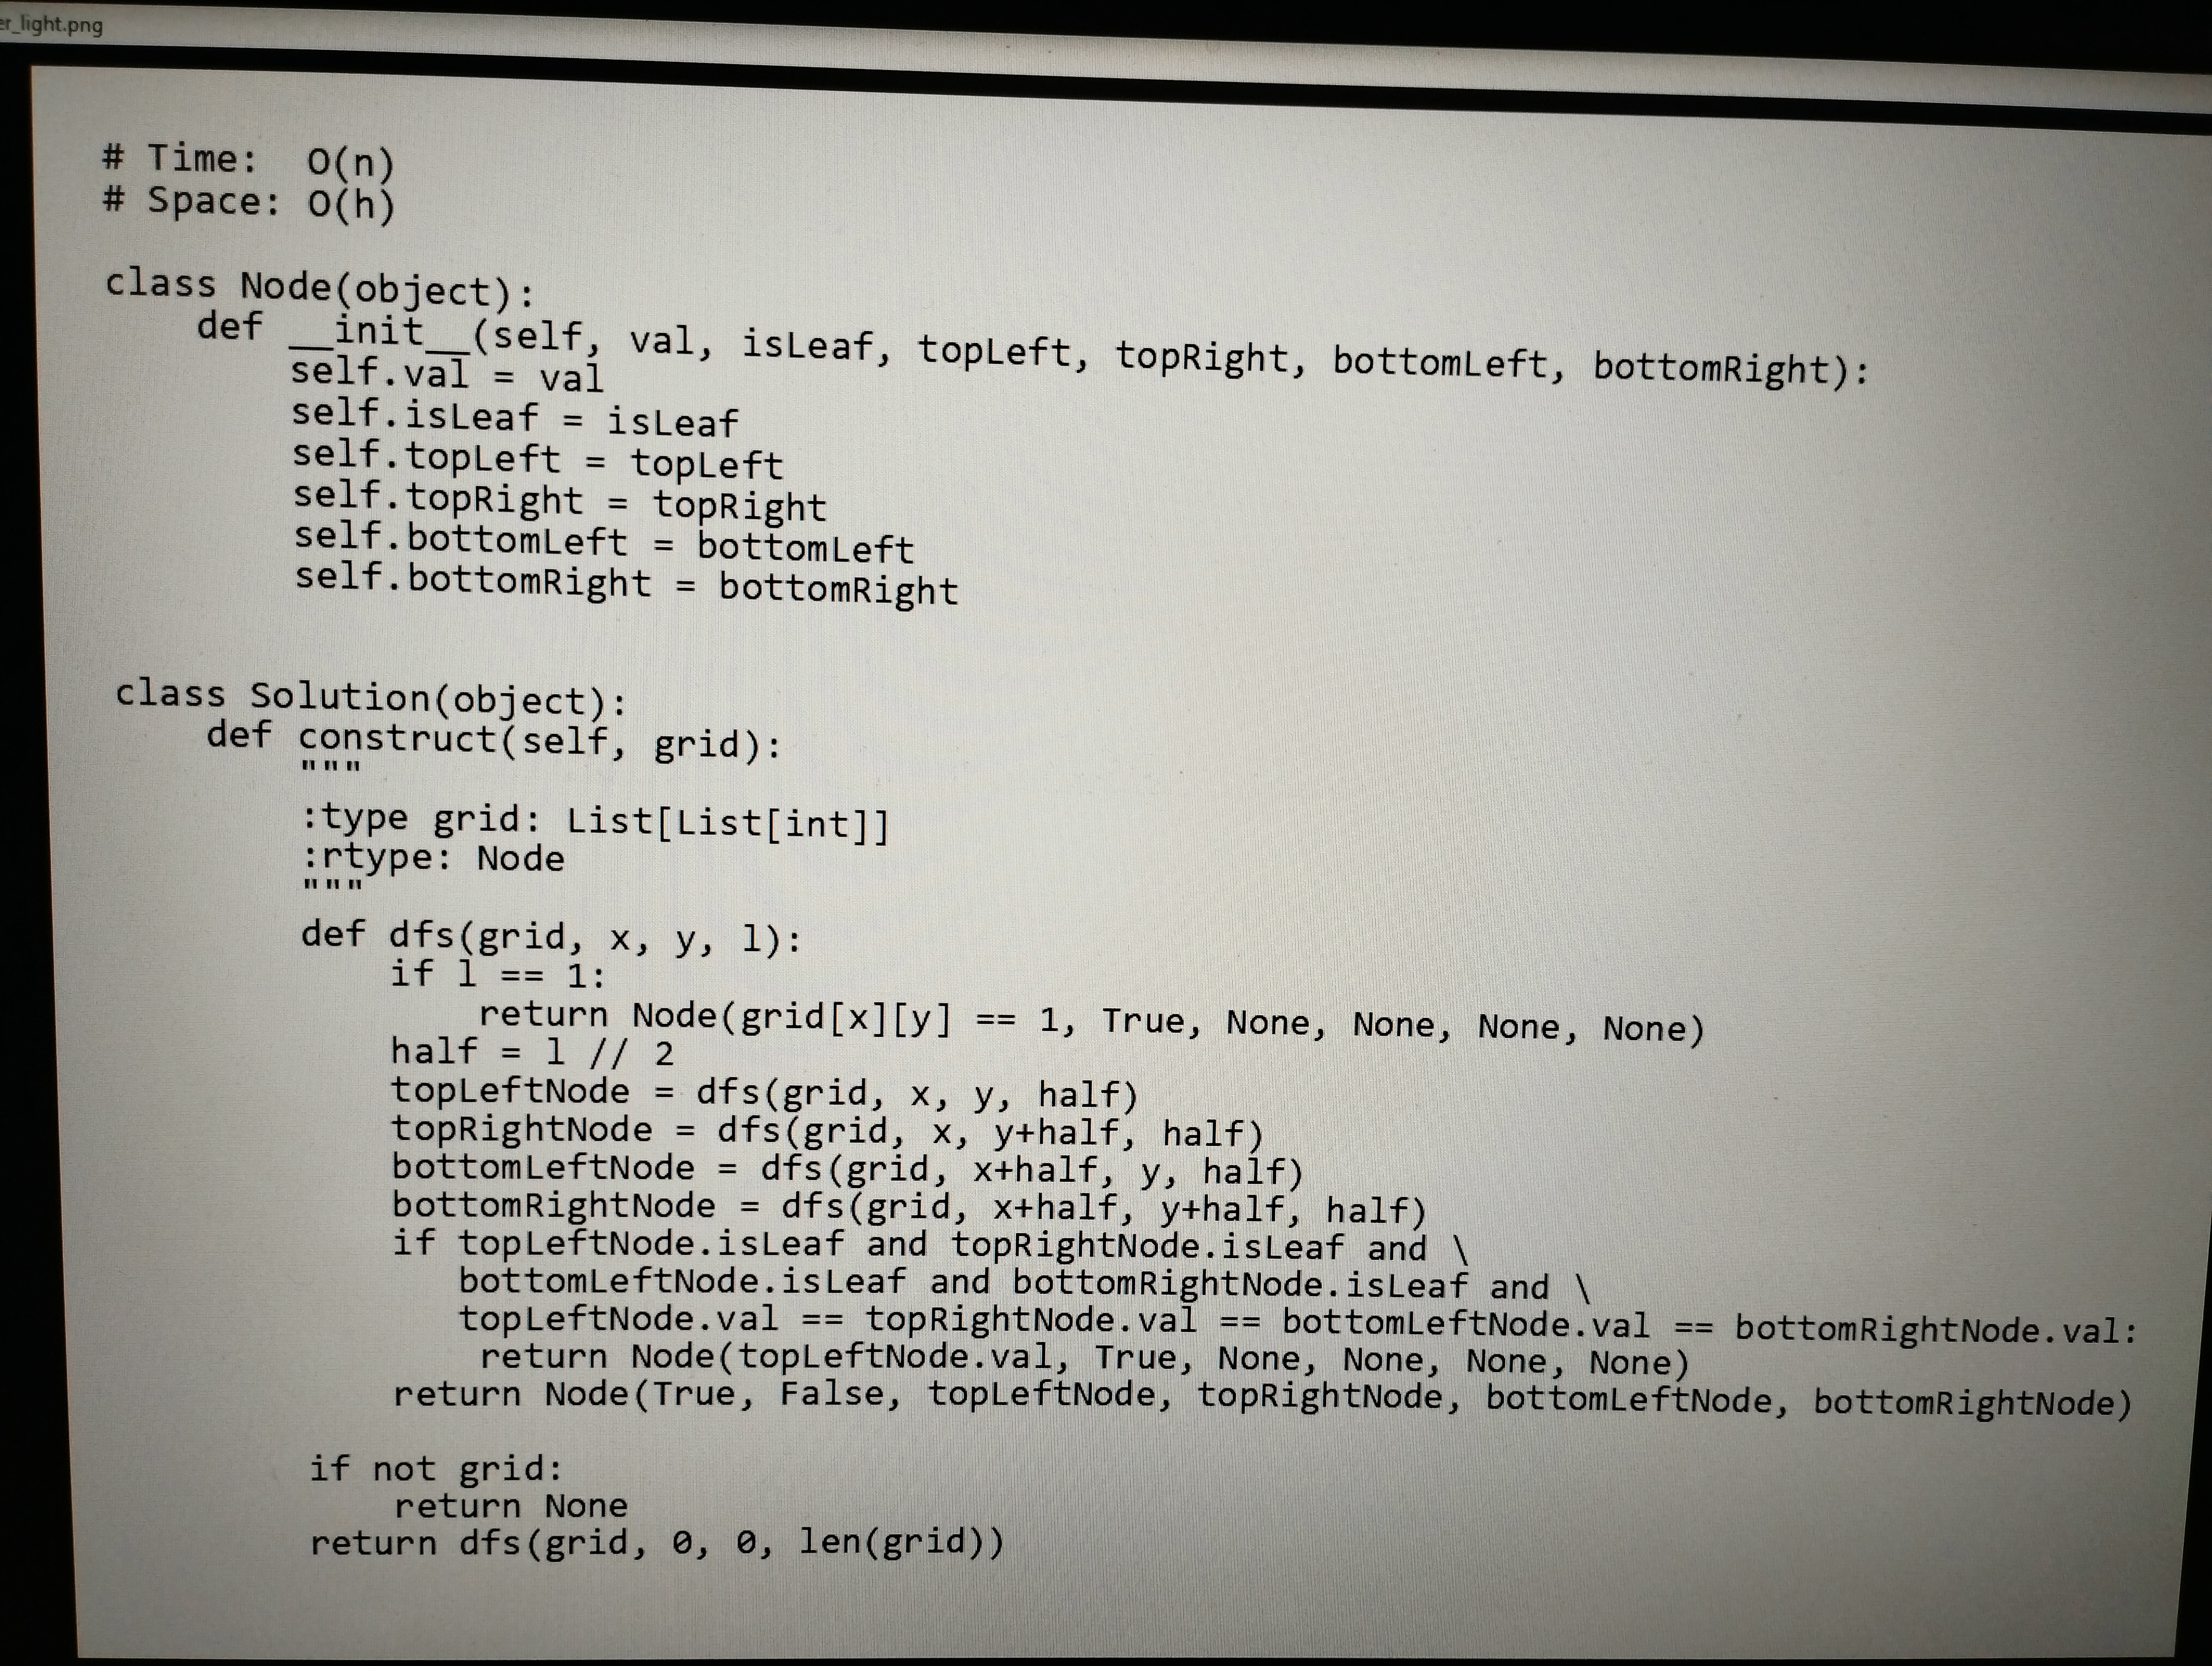
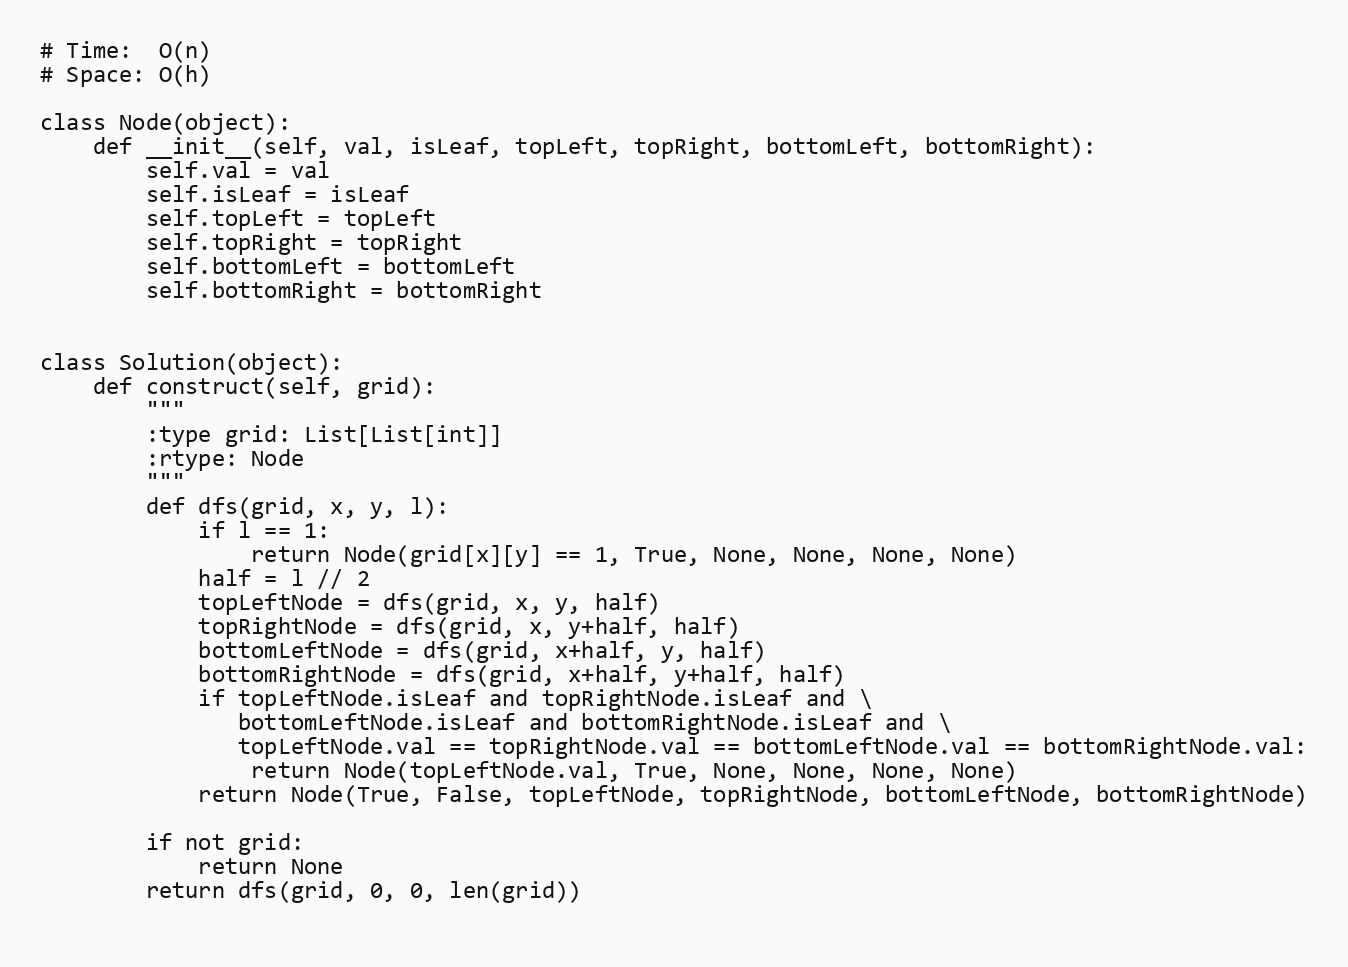
# Time:  O(n)
# Space: O(h)

class Node(object):
    def __init__(self, val, isLeaf, topLeft, topRight, bottomLeft, bottomRight):
        self.val = val
        self.isLeaf = isLeaf
        self.topLeft = topLeft
        self.topRight = topRight
        self.bottomLeft = bottomLeft
        self.bottomRight = bottomRight

class Solution(object):
    def construct(self, grid):
        """
        :type grid: List[List[int]]
        :rtype: Node
        """
        def dfs(grid, x, y, l):
            if l == 1:
                return Node(grid[x][y] == 1, True, None, None, None, None)
            half = l // 2
            topLeftNode = dfs(grid, x, y, half)
            topRightNode = dfs(grid, x, y+half, half)
            bottomLeftNode = dfs(grid, x+half, y, half)
            bottomRightNode = dfs(grid, x+half, y+half, half)
            if topLeftNode.isLeaf and topRightNode.isLeaf and \
               bottomLeftNode.isLeaf and bottomRightNode.isLeaf and \
               topLeftNode.val == topRightNode.val == bottomLeftNode.val == bottomRightNode.val:
                return Node(topLeftNode.val, True, None, None, None, None)
            return Node(True, False, topLeftNode, topRightNode, bottomLeftNode, bottomRightNode)

        if not grid:
            return None
        return dfs(grid, 0, 0, len(grid))